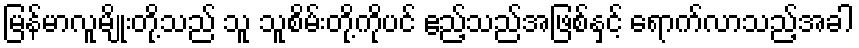
မြန်မာလူမျိုးတို့သည် သူ သူစိမ်းတို့ကိုပင် ဧည့်သည်အဖြစ်နှင့် ရောက်လာသည့်အခါ